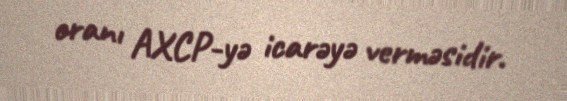
oranı AXCP-yə icarəyə verməsidir.